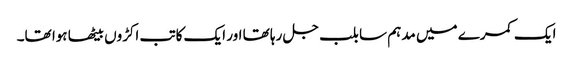
ایک کمرے میں مدہم سا بلب جل رہا تھا اور ایک کاتب اکڑوں بیٹھا ہوا تھا۔